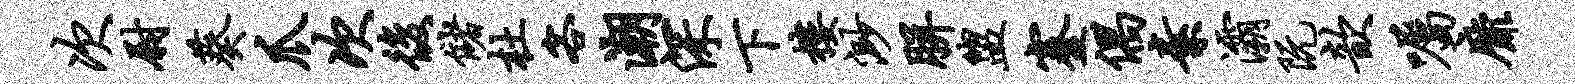
次尉葵爪次后储杜客潮深下楼渺胼盥蹇偶素灞阮歆嘱靡